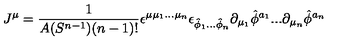
J ^ { \mu } = \frac { 1 } { A ( S ^ { n - 1 } ) ( n - 1 ) ! } \epsilon ^ { \mu \mu _ { 1 } . . . \mu _ { n } } \epsilon _ { \hat { \phi } _ { 1 } . . . \hat { \phi } _ { n } } \partial _ { \mu _ { 1 } } \hat { \phi } ^ { a _ { 1 } } . . . \partial _ { \mu _ { n } } \hat { \phi } ^ { a _ { n } }